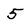
Character: 5